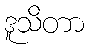
ဒူသိတာ